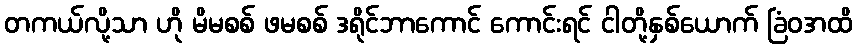
တကယ်လို့သာ ဟို မိမစစ် ဖမစစ် ဒရိုင်ဘာကောင် ကောင်းရင် ငါတို့နှစ်ယောက် ခြံဝအထိ